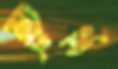
ঝিংডং